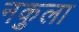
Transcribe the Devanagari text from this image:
नकुला